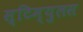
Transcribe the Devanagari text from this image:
स्टिम्युलस